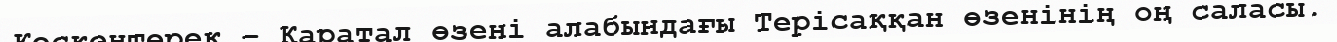
Кескентерек – Қаратал өзені алабындағы Терісаққан өзенінің оң саласы.